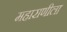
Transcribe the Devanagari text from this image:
महाराणीला